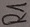
Text: R1